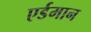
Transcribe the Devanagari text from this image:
एर्डमान